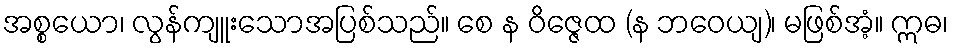
အစ္စယော၊ လွန်ကျူးသောအပြစ်သည်။ စေ န ဝိဇ္ဇေထ (န ဘဝေယျ)၊ မဖြစ်အံ့။ ဣဓ၊